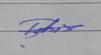
Signature authenticity: genuine